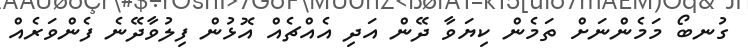
ގުނބޯ މަމެންނަށް ތަމެން ކިޔަވާ ދޭން އަދި އެއްޗެއް އޮޅުން ފިލުވާދޭނެ ފެންވަރެއް